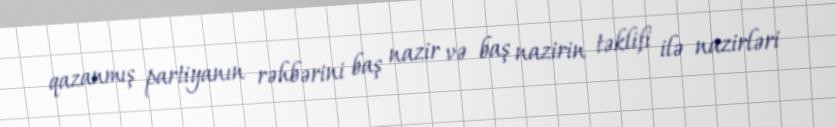
qazanmış partiyanın rəhbərini baş nazir və baş nazirin təklifi ilə nazirləri